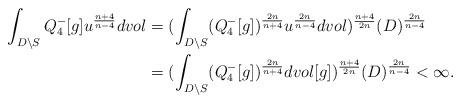
LaTeX: \begin{align*}\aligned\int_{D\setminus S} Q_4^-[g] u^\frac {n+4}{n-4} dvol & = (\int_{D\setminus S} (Q_4^-[g])^\frac {2n}{n+4} u^\frac {2n}{n-4}dvol)^\frac {n+4}{2n}(D)^\frac {2n}{n-4}\\& = (\int_{D\setminus S} (Q_4^-[g])^\frac {2n}{n+4} dvol[g])^\frac {n+4}{2n}(D)^\frac {2n}{n-4} < \infty.\endaligned\end{align*}